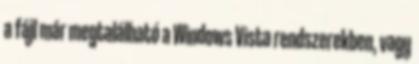
a fájl már megtalálható a Windows Vista rendszerekben, vagy